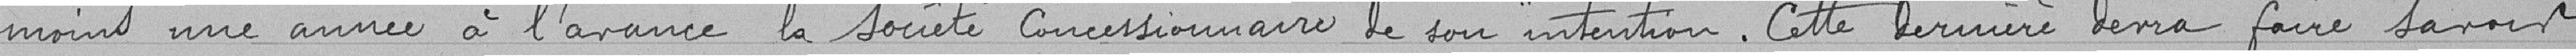
moins une année à l'avance la société concessionnaire de son intention. Cette dernière devra faire savoir